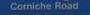
corniche